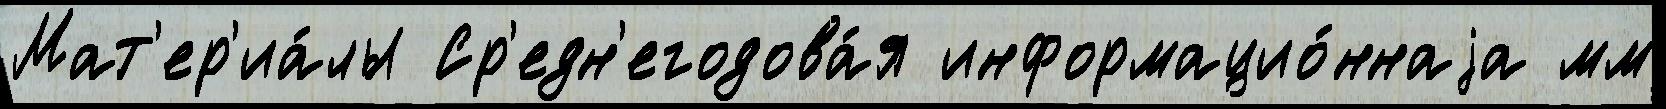
Мат'ер'иа́лы Ср'едн'егодова́я информацио́ннаjа мм